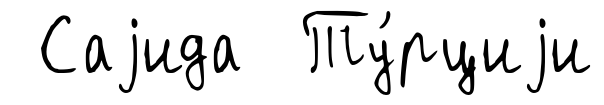
Саjида Ту́рциjи